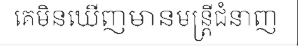
គេមិនឃើញមានមន្ត្រីជំនាញ